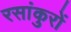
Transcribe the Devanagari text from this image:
रसांकुरों